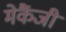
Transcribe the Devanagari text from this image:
मेकैंजी